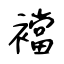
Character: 襠